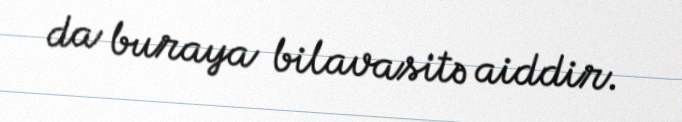
da buraya bilavasitə aiddir.